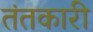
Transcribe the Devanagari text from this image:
तंतकारी